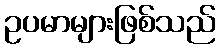
ဥပမာများဖြစ်သည်